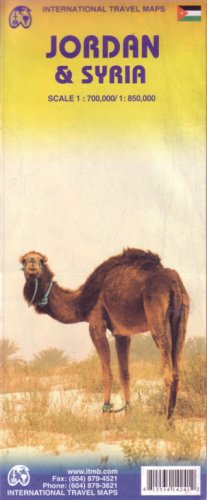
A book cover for Jordan & Syria; International Travel maps; Travel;